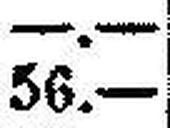
56.—